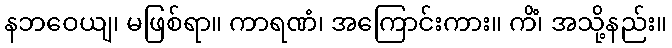
နဘဝေယျ၊ မဖြစ်ရာ။ ကာရဏံ၊ အကြောင်းကား။ ကိံ၊ အသို့နည်း။